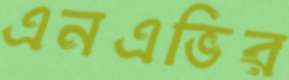
এনএভির